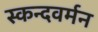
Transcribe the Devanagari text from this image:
स्कन्दवर्मन